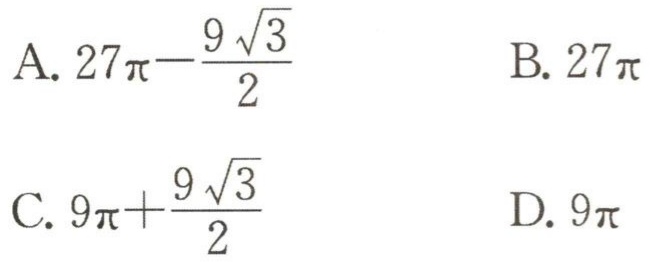
A. \(27\pi-\frac{9\sqrt{3}}{2}\)  B. \(27\pi\)

C. \(9\pi+\frac{9\sqrt{3}}{2}\)  D. \(9\pi\)